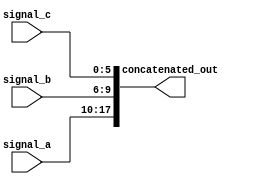
module concat_example (
    input wire [7:0] signal_a,     // 8-bit input signal
    input wire [3:0] signal_b,     // 4-bit input signal
    input wire [5:0] signal_c,     // 6-bit input signal
    output wire [17:0] concatenated_out // 18-bit output signal (8 + 4 + 6 = 18)
);

// Continuous assignment using concatenation operator
assign concatenated_out = {signal_a, signal_b, signal_c}; // Concatenate signals in order

endmodule